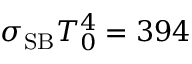
\sigma _ { \mathrm { S B } } T _ { 0 } ^ { 4 } = 3 9 4